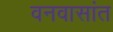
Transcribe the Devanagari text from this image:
वनवासांत